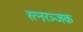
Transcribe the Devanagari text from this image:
रत्नरञ्जक